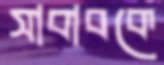
সাবাবকে